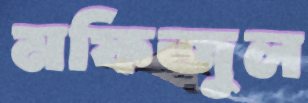
মফিজুল